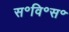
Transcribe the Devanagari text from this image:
स॰वि॰स॰